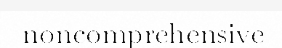
noncomprehensive